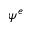
\psi ^ { e }